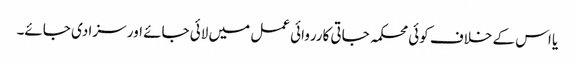
یا اس کے خلاف کوئی محکمہ جاتی کارروائی عمل میں لائی جائے اور سزا دی جائے۔